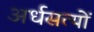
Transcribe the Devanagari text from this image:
अर्धसत्यों